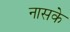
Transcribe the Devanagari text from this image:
नासके